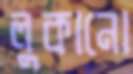
লুকানো